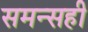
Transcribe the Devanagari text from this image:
समन्सही